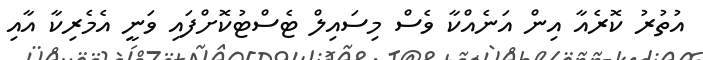
އުތުރު ކޮރެއާ އިން އަނެއްކާ ވެސް މިސައިލް ޓެސްޓުކޮށްފައި ވަނީ އެމެރިކާ އާއި